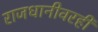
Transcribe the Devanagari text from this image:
राजधानीवरही